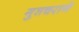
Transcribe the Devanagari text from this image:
गुप्तचराने